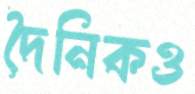
দৈনিকও